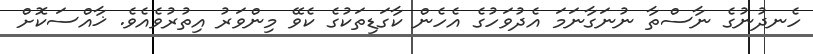
ހެނދުނުގެ ނާސްތާ ނުނަގާނަމަ އެދުވަހުގެ އެހެން ކާގަޑިތަކުގެ ކެވޭ މިންވަރު އިތުރުވެއެވެ. ޚާއްސަކޮށް